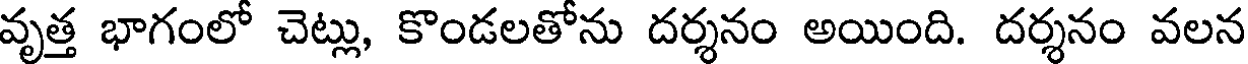
వృత్త భాగంలో చెట్లు, కొండలతోను దర్శనం అయింది. దర్శనం వలన